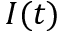
I ( t )